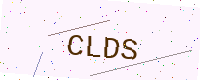
Text: CLDS